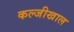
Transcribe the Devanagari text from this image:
कल्जीखाल